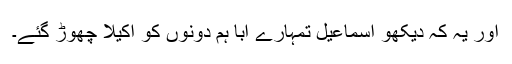
اور یہ کہ دیکھو اسماعیل تمہارے ابا ہم دونوں کو اکیلا چھوڑ گئے۔